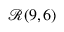
{ \mathcal { R } } ( 9 , 6 )